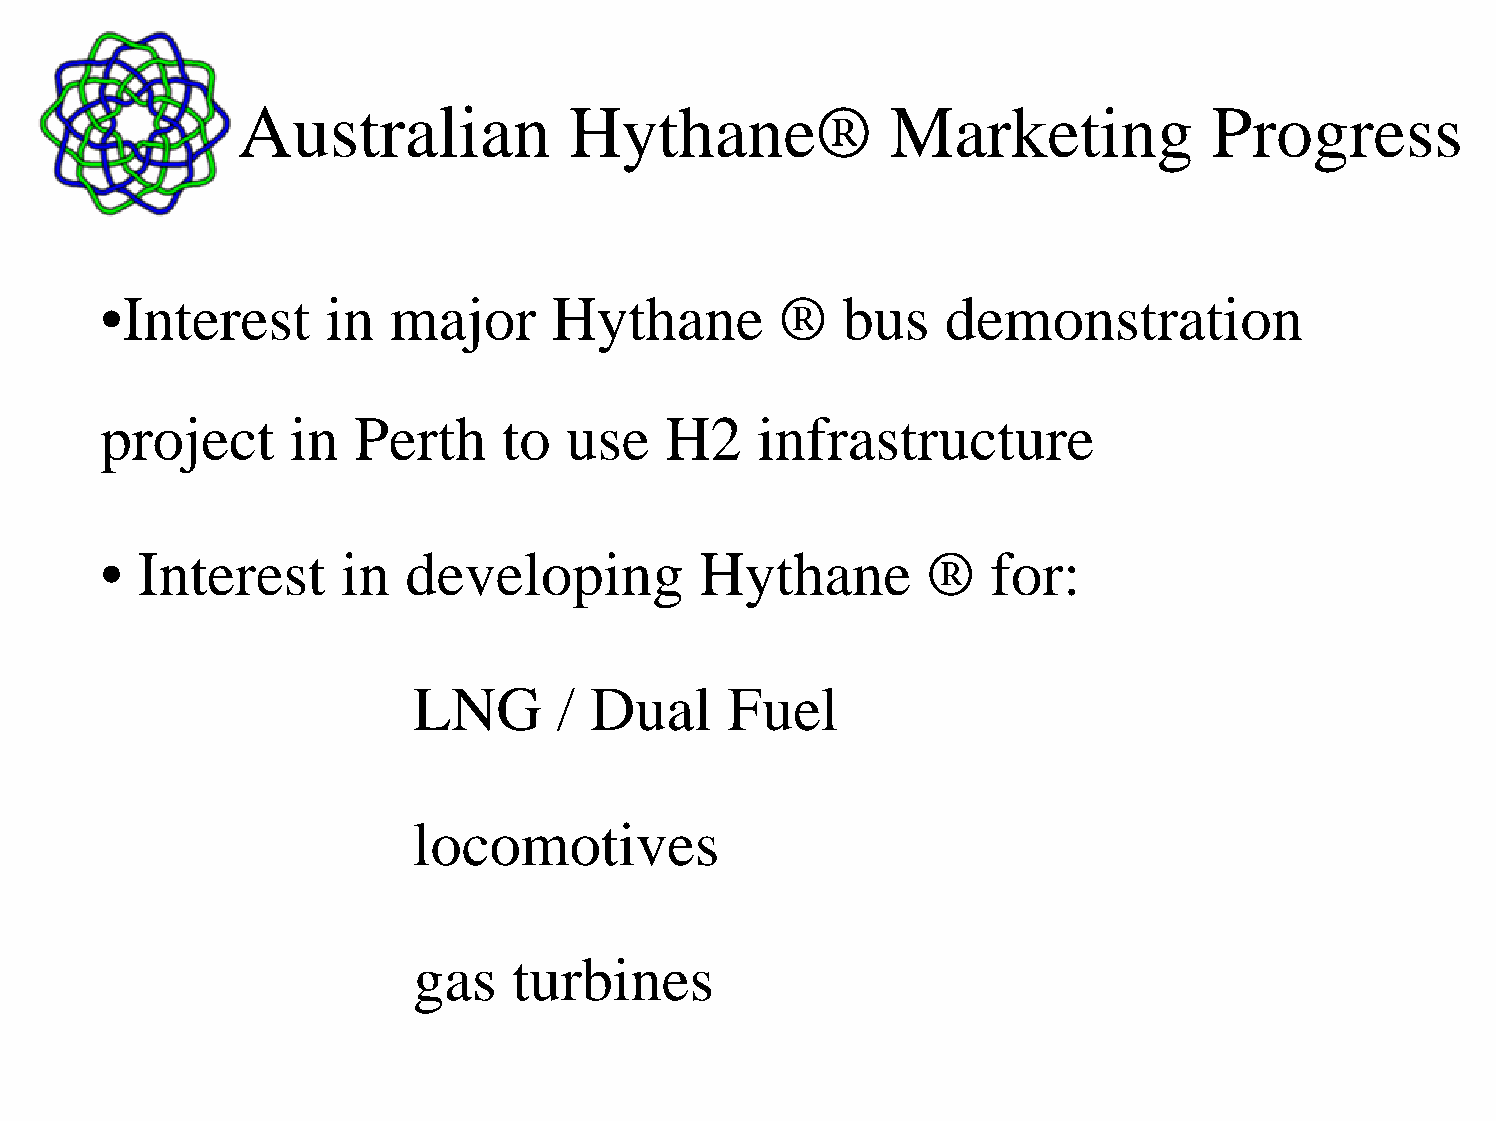
Australian            Hythane®             Marketing            Progress
 •Interest      in  major      Hythane        ®   bus    demonstration
 project     in   Perth    to   use   H2    infrastructure
 • Interest      in  developing         Hythane        ®    for:
 LNG       / Dual     Fuel
 locomotives
 gas    turbines